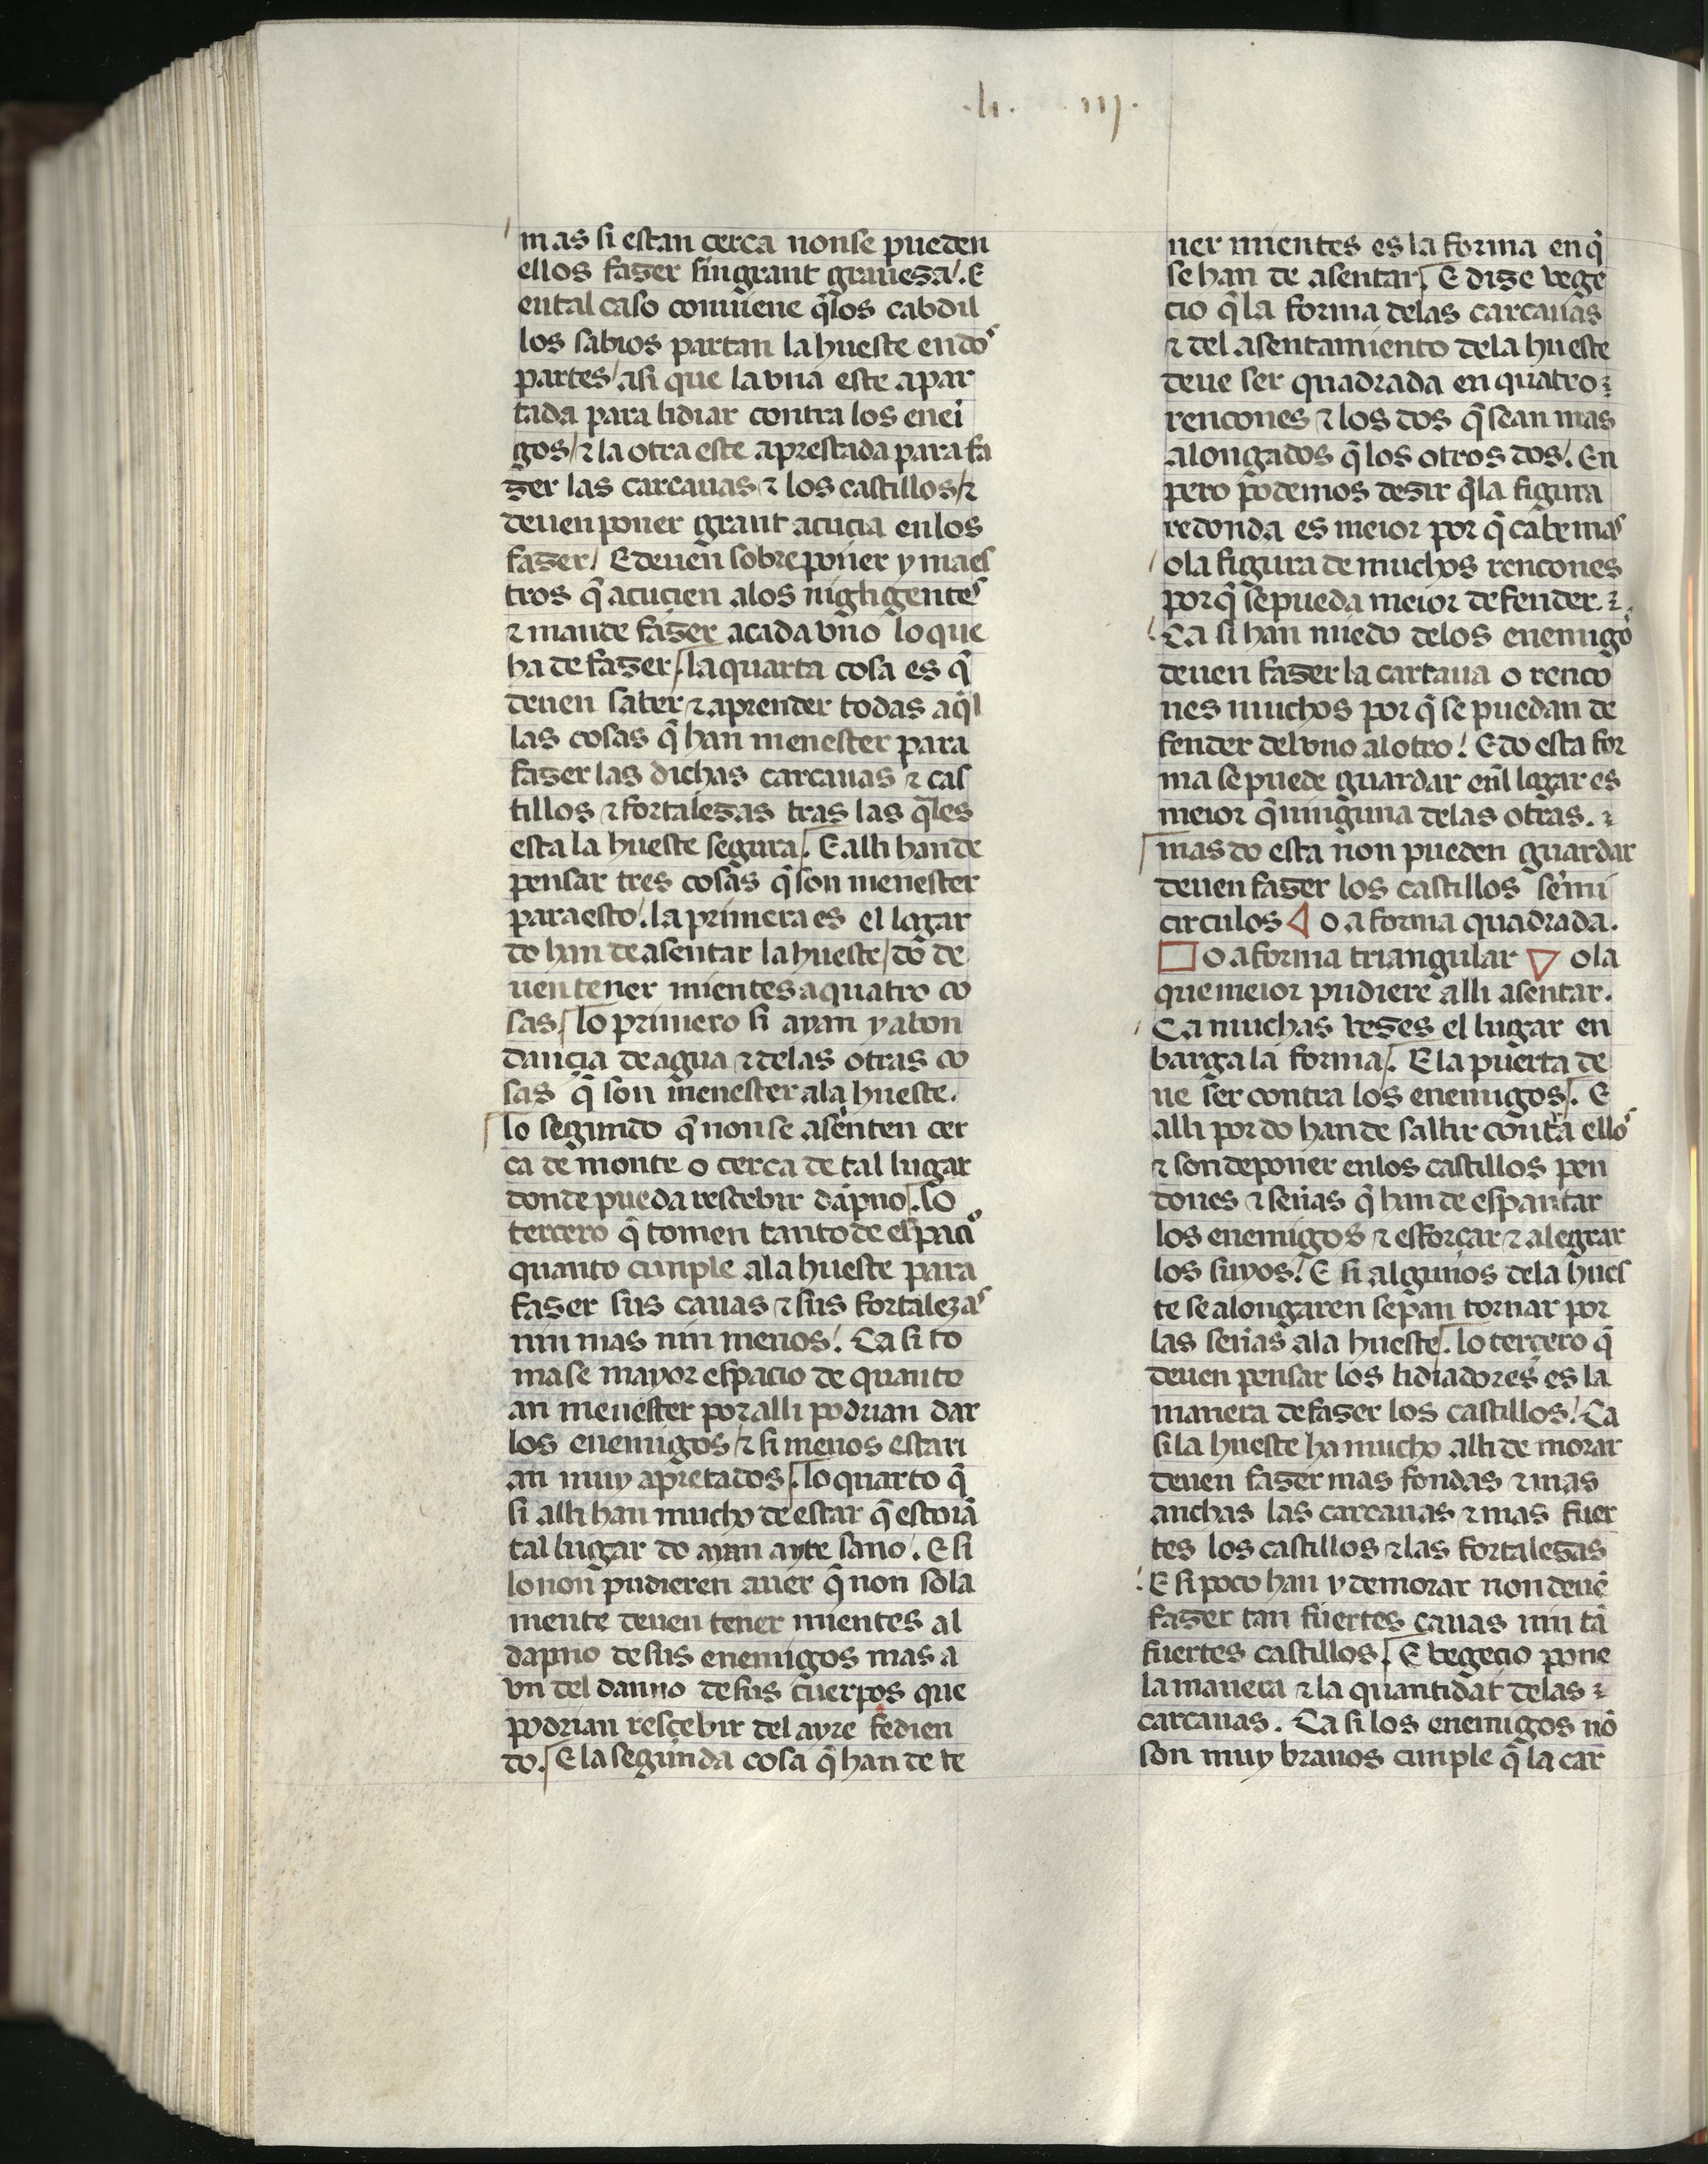
Shelfmark: Madrid, Fundación Lázaro Galdiano, mss 289
Century: 15